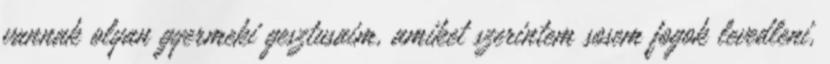
vannak olyan gyermeki gesztusaim, amiket szerintem sosem fogok levedleni,